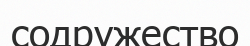
содружество